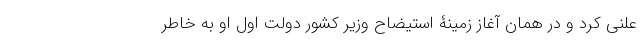
علنی کرد و در همان آغاز زمینۀ استیضاح وزیر کشور دولت اول او به خاطر